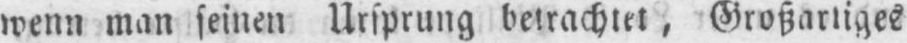
wenn man seinen Ursprung betrachtet, Großartiges